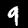
Digit: 9